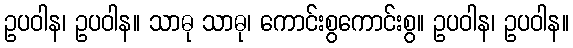
ဥပဝါန၊ ဥပဝါန။ သာဓု သာဓု၊ ကောင်းစွကောင်းစွ။ ဥပဝါန၊ ဥပဝါန။